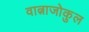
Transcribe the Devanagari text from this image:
वात्नाजोकुल